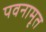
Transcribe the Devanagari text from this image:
पवनामृत